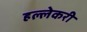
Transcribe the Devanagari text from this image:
हल्लेकरी